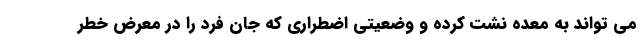
می تواند به معده نشت کرده و وضعیتی اضطراری که جان فرد را در معرض خطر